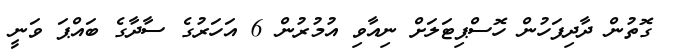
ގޮތުން ދާދިފަހުން ހޮސްޕިޓަލަށް ނިއާވި އުމުރުން 6 އަހަރުގެ ސާދާގެ ބައްޕަ ވަނީ